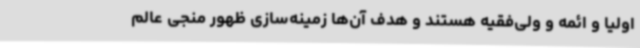
اولیا و ائمه و ولی‌فقیه هستند و هدف آن‌ها زمینه‌سازی ظهور منجی عالم